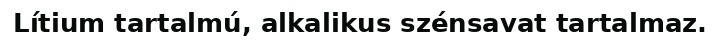
Lítium tartalmú, alkalikus szénsavat tartalmaz.